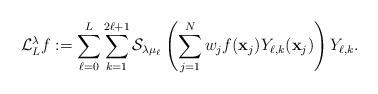
LaTeX: \begin{align*}\mathcal{L}_L^{\lambda}f:=\sum_{\ell=0}^L\sum_{k=1}^{2\ell+1}\mathcal{S}_{\lambda\mu_{\ell}}\left(\sum_{j=1}^Nw_jf(\mathbf{x}_j)Y_{\ell,k}(\mathbf{x}_j)\right)Y_{\ell,k}.\end{align*}